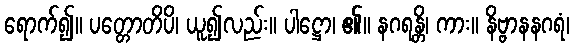
ရောက်၍။ ပတ္တောတိပိ၊ ယူ၍လည်း။ ပါဋ္ဌော၊ ၏။ နဂရန္တိ၊ ကား။ နိဗ္ဗာနနဂရံ၊